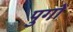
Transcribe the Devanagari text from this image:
पुगों